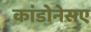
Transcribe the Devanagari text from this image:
कांडोनेसए